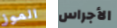
الموز الأجراس